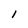
Character: 1